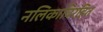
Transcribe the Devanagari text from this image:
नलिकाविरहित